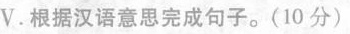
V.根据汉语意思完成句子。(10 分 ）